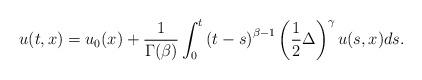
LaTeX: \begin{align*} u(t,x)=u_0(x)+\frac{1}{\Gamma(\beta)}\int_{0}^t \left(t-s \right)^{\beta-1} \left(\frac12 \Delta\right)^\gamma u(s,x) ds. \end{align*}